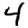
Digit: 4